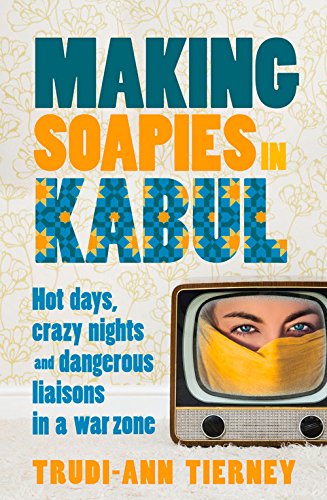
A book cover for Making Soapies in Kabul: Hot Days, Crazy Nights and Dangerous Liaisons in a War Zone; Trudi-Ann Tierney; Travel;